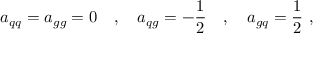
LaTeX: a _ { q q } = a _ { g g } = 0 \quad , \quad a _ { q g } = - \frac { 1 } { 2 } \quad , \quad a _ { g q } = \frac { 1 } { 2 } ~ ,